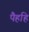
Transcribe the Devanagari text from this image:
पैहहि